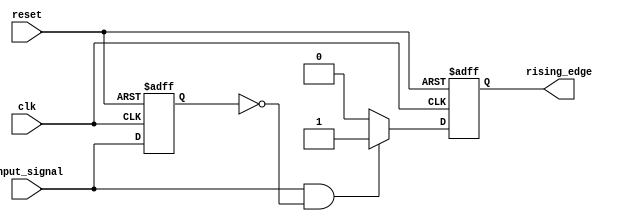
module rising_edge_detector (
    input wire clk,              // Clock input
    input wire reset,            // Asynchronous reset
    input wire input_signal,     // Signal to monitor
    output reg rising_edge       // Output signal indicating a rising edge
);

    // Internal signal to store the previous state of input_signal
    reg prev_input_signal;

    // Always block triggered on the rising edge of the clock
    always @(posedge clk or posedge reset) begin
        if (reset) begin
            // Reset state
            prev_input_signal <= 1'b0;
            rising_edge <= 1'b0; // Initial state of rising_edge
        end else begin
            // Detect rising edge
            rising_edge <= (input_signal && ~prev_input_signal) ? 1'b1 : 1'b0;
            // Update previous state
            prev_input_signal <= input_signal;
        end
    end

endmodule